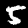
Label: 5